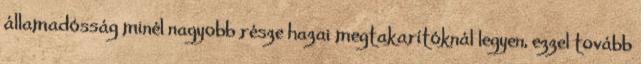
államadósság minél nagyobb része hazai megtakarítóknál legyen, ezzel tovább